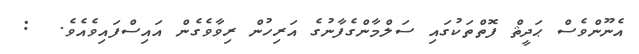
އެނޫންވެސް ޙަދީޘް ފޮތްތަކުގައި ސަލްމާންގެފާނުގެ އަރިހުން ރިވާވެގެން އައިސްފައިވެއެވެ.  :